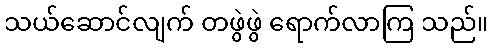
သယ်ဆောင်လျက် တဖွဲဖွဲ ရောက်လာကြ သည်။